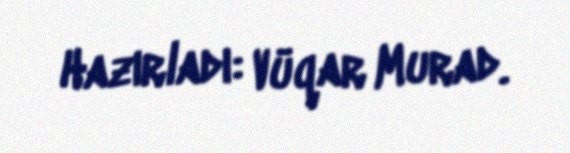
Hazırladı: Vüqar Murad.